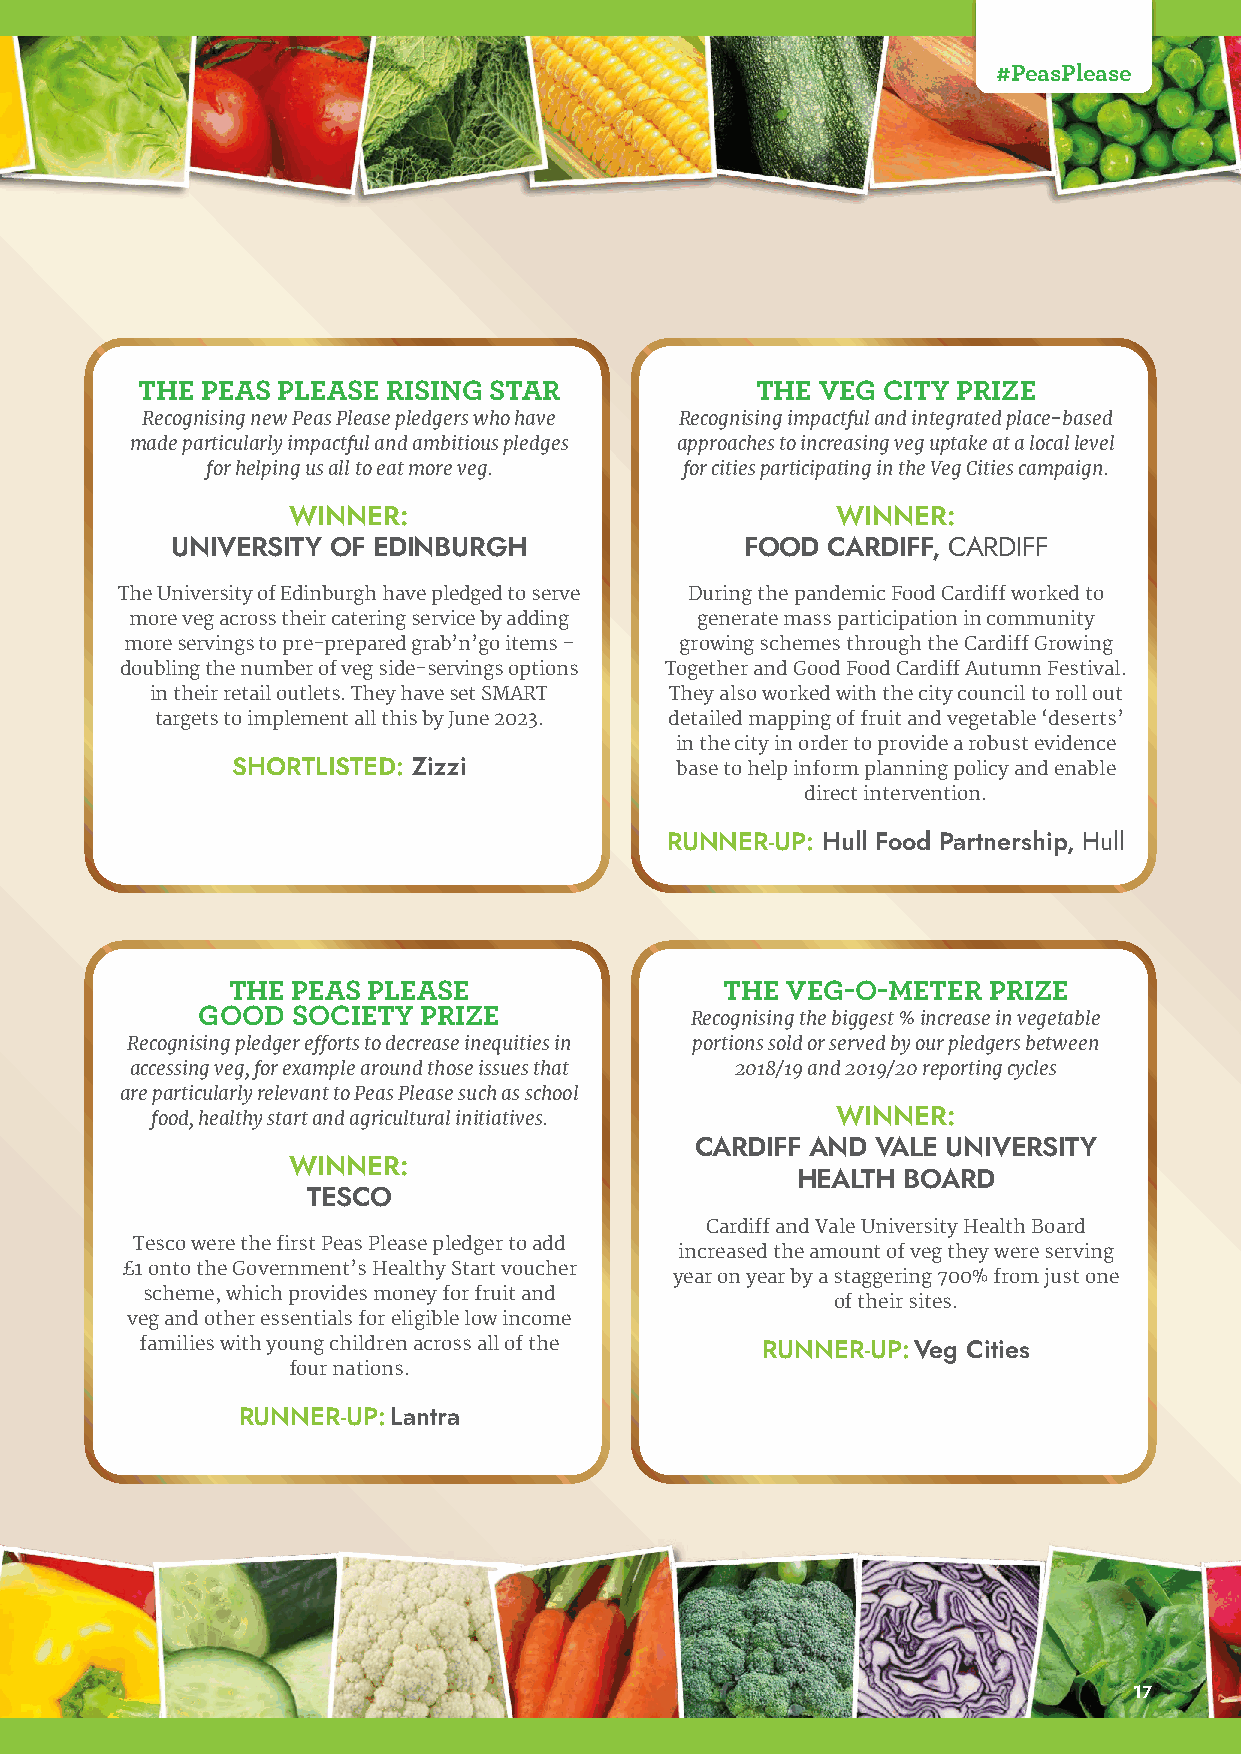
#PeasPlease
 THE PEAS PLEASE  RISING STAR             THE VEG CITY PRIZE
 Recognising new Peas Please pledgers who have Recognising impactful and integrated place-based
 made particularly impactful and ambitious pledges approaches to increasing veg uptake at a local level
 for helping us all to eat more veg. for cities participating in the Veg Cities campaign.
 WINNER:                             WINNER:
 UNIVERSITY OF EDINBURGH               FOOD  CARDIFF, CARDIFF
 The University of Edinburgh have pledged to serve During the pandemic Food Cardiff worked to
 more veg across their catering service by adding generate mass participation in community
 more servings to pre-prepared grab’n’go items – growing schemes through the Cardiff Growing
 doubling the number of veg side-servings options Together and Good Food Cardiff Autumn Festival.
 in their retail outlets. They have set SMART They also worked with the city council to roll out
 targets to implement all this by June 2023. detailed mapping of fruit and vegetable ‘deserts’
 in the city in order to provide a robust evidence
 SHORTLISTED: Zizzi            base to help inform planning policy and enable
 direct intervention.
 RUNNER-UP: Hull Food Partnership, Hull
 THE PEAS PLEASE                  THE VEG-O-METER  PRIZE
 GOOD  SOCIETY  PRIZE             Recognising the biggest % increase in vegetable
 Recognising pledger efforts to decrease inequities in portions sold or served by our pledgers between
 accessing veg, for example around those issues that 2018/19 and 2019/20 reporting cycles
 are particularly relevant to Peas Please such as school
 food, healthy start and agricultural initiatives. WINNER:
 CARDIFF AND VALE UNIVERSITY
 WINNER:
 HEALTH BOARD
 TESCO
 Cardiff and Vale University Health Board
 Tesco were the first Peas Please pledger to add
 increased the amount of veg they were serving
 £1 onto the Government’s Healthy Start voucher
 year on year by a staggering 700% from just one
 scheme, which provides money for fruit and
 of their sites.
 veg and other essentials for eligible low income
 families with young children across all of the RUNNER-UP: Veg Cities
 four nations.
 RUNNER-UP: Lantra
 17